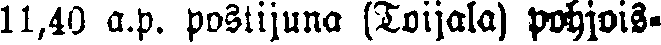
11,40 a.p. postijuna (toijala) pohjois-